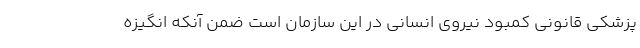
پزشکی قانونی کمبود نیروی انسانی در این سازمان است ضمن آنکه انگیزه